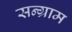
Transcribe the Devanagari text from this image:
सन्ग्राम